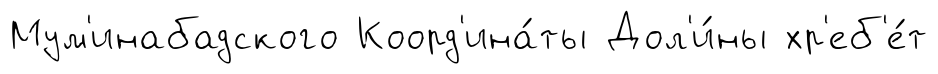
Мум'инабадского Коорд'ина́ты Дол'и́ны хр'еб'е́т